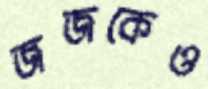
জজকেও